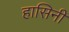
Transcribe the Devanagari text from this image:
हासिनी